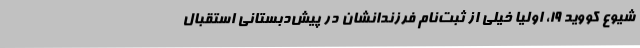
شیوع کووید 19، اولیا خیلی از ثبت‌نام فرزندانشان در پیش‌دبستانی استقبال